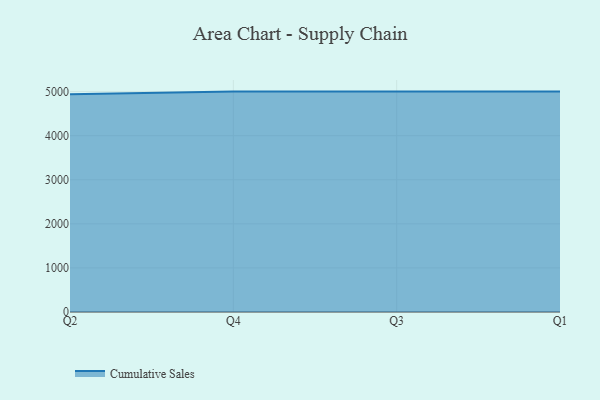
{"axis": {"x": "Quarter", "y": "Conversion Rate (%)"}, "legend": ["Cumulative Sales"], "data": [{"x": "Q2", "y": 4938.4, "type": "Cumulative Sales"}, {"x": "Q4", "y": 5000, "type": "Cumulative Sales"}, {"x": "Q3", "y": 5000, "type": "Cumulative Sales"}, {"x": "Q1", "y": 5000, "type": "Cumulative Sales"}]}